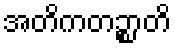
အတိကတဉ္စာတိ